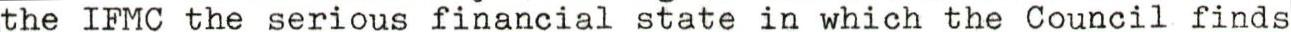
the IFMC the serious financial state in which the Council finds